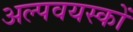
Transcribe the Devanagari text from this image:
अल्पवयस्कों